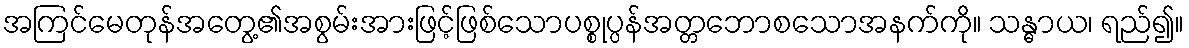
အကြင်မေတုန်အတွေ့၏အစွမ်းအားဖြင့်ဖြစ်သောပစ္စုပ္ပန်အတ္တဘောစသောအနက်ကို။ သန္ဓာယ၊ ရည်၍။